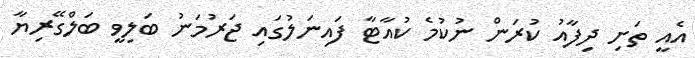
އެއީ ތަށި ދިފާއު ކުރަން ނުކުމެ ކުއާޓާ ފައިނަލުގައި ޖަރުމަނު ބަލިވީ ބަލްގޭރިޔާ